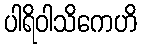
ပါရိဝါသိကေဟိ